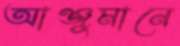
আঞ্জুমানে